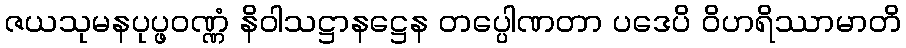
ဇယသုမနပုပ္ဖဝဏ္ဏံ နိဝါသဋ္ဌာနဋ္ဌေန တပ္ပေါဏတာ ပဒေပိ ဝိဟရိဿာမာတိ